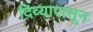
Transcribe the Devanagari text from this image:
दिव्यापासून